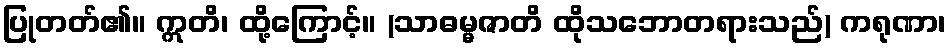
ပြုတတ်၏။ ဣတိ၊ ထို့ကြောင့်။ (သာဓမ္မဇာတိ ထိုသဘောတရားသည်) ကရုဏာ၊